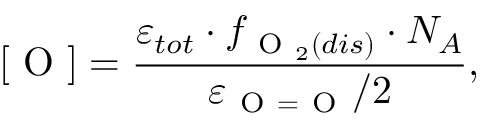
[ \mathrm { ~ O ~ } ] = \frac { \varepsilon _ { t o t } \cdot f _ { \mathrm { ~ O ~ } _ { 2 } ( d i s ) } \cdot N _ { A } } { \varepsilon _ { \mathrm { ~ O ~ } = \mathrm { ~ O ~ } } / 2 } ,